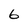
Character: 6